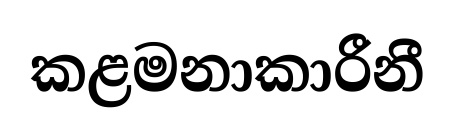
කළමනාකාරීනී